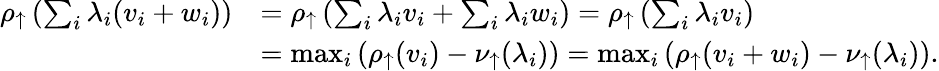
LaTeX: \begin{array}{rl}{\rho_{\uparrow}\left(\sum_{i}\lambda_{i}(v_{i}+w_{i})\right)}&{=\rho_{\uparrow}\left(\sum_{i}\lambda_{i}v_{i}+\sum_{i}\lambda_{i}w_{i}\right)=\rho_{\uparrow}\left(\sum_{i}\lambda_{i}v_{i}\right)}\\ &{=\operatorname*{max}_{i}\left(\rho_{\uparrow}(v_{i})-\nu_{\uparrow}(\lambda_{i})\right)=\operatorname*{max}_{i}\left(\rho_{\uparrow}(v_{i}+w_{i})-\nu_{\uparrow}(\lambda_{i})\right).}\end{array}